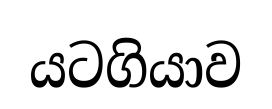
යටගියාව